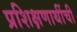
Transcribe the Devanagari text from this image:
प्रशिक्षणाथींची